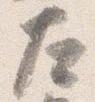
左